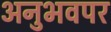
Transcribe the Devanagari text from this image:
अनुभवपर